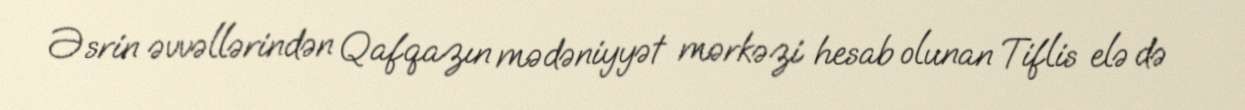
Əsrin əvvəllərindən Qafqazın mədəniyyət mərkəzi hesab olunan Tiflis elə də